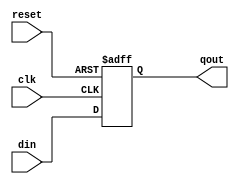
module ParallelLoad(clk, reset, din, qout);
    input [3:0] din;
    input clk, reset;
    output reg [3:0] qout;

    always@(posedge clk or negedge reset) begin
        if(!reset) qout <= 4'b0;
        else qout <= din;
    end
endmodule